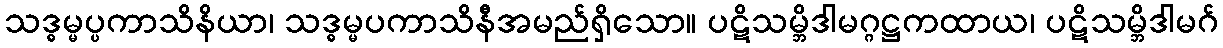
သဒ္ဓမ္မပ္ပကာသိနိယာ၊ သဒ္ဓမ္မပကာသိနီအမည်ရှိသော။ ပဋိသမ္ဘိဒါမဂ္ဂဋ္ဌကထာယ၊ ပဋိသမ္ဘိဒါမဂ်